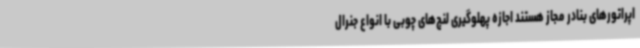
اپراتورهای بنادر مجاز هستند اجازه پهلوگیری لنج‌های چوبی با انواع جنرال